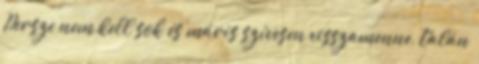
Persze nem kell sok és máris szívesen visszamenne, talán